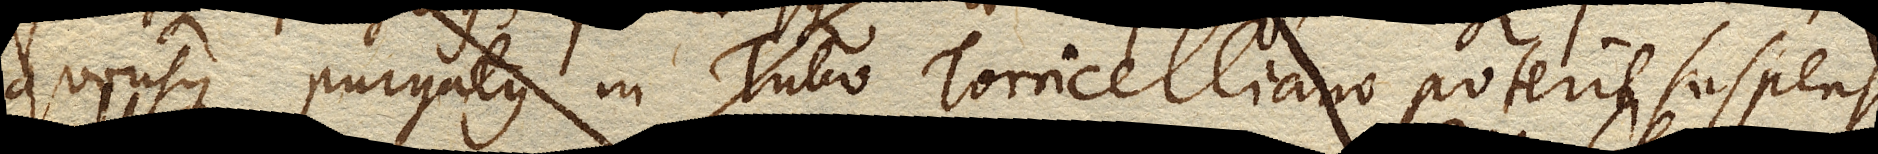
quousque purgatus in Tubo Torricelliano poterit suspensus teneri